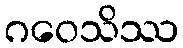
ဂဝေသိဿ